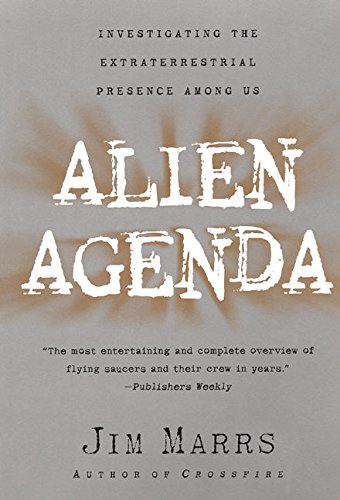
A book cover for Alien Agenda: Investigating the Extraterrestrial Presence Among Us; Jim Marrs; Science & Math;